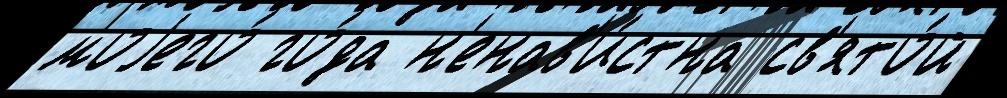
моjего́ го́да н'енав'и́стна св'ято́й